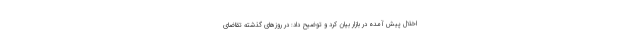
اخلال پیش آمده در بازار بیان کرد و توضیح داد: در روزهای گذشته تقاضای